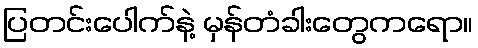
ပြတင်းပေါက်နဲ့ မှန်တံခါးတွေကရော။